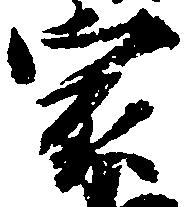
家